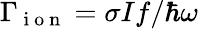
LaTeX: \Gamma_{\mathrm{~i~o~n~}}=\sigma If/\hbar\omega